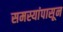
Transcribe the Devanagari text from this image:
समस्यांपासून